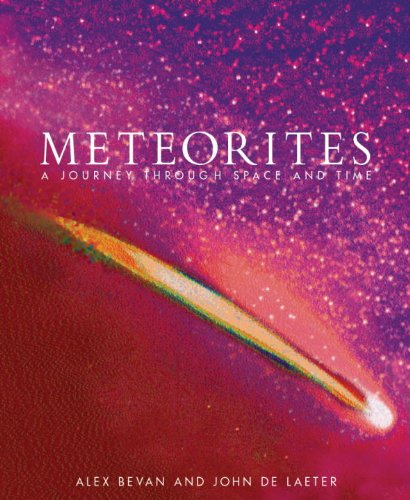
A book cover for Meteorites: A Journey through Space and Time; Alex Bevan; Science & Math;